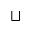
\sqcup